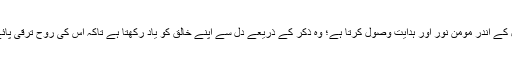
دل کے اندر مومن نور اور ہدایت وصول کرتا ہے؛ وہ ذکر کے ذریعے دل سے اپنے خالق کو یاد رکھتا ہے تاکہ اس کی روح ترقی پائے۔